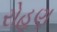
રોહણ